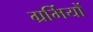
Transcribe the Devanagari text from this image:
ग्रर्मियों